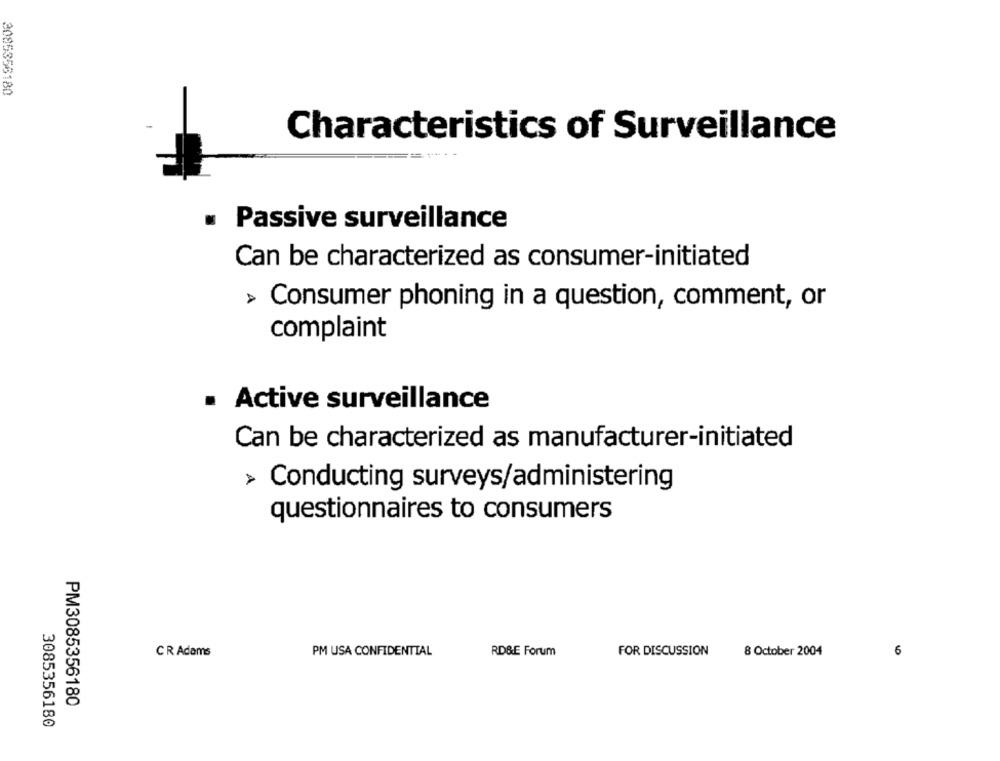
3085356180
Characteristics of Surveillance
.
Passive surveillance
Can be characterized as consumer-initiated
> Consumer phoning in a question, comment, or
complaint
Active surveillance
Can be characterized as manufacturer-initiated
> Conducting surveys/administering
questionnaires to consumers
CR Adams
PM USA CONFIDENTIAL
RD&E Forum
FOR DISCUSSION
8 October 2004
6
PM3085356180
3085356180